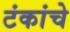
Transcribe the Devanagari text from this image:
टंकांचे